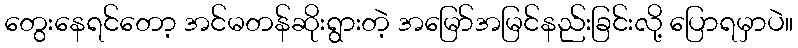
တွေးနေရင်တော့ အင်မတန်ဆိုးရွားတဲ့ အမြော်အမြင်နည်းခြင်းလို့ ပြောရမှာပဲ။